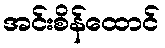
အင်းစိန်ထောင်